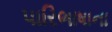
પારિભાષાના